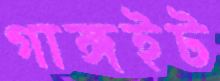
গাঙ্গইট